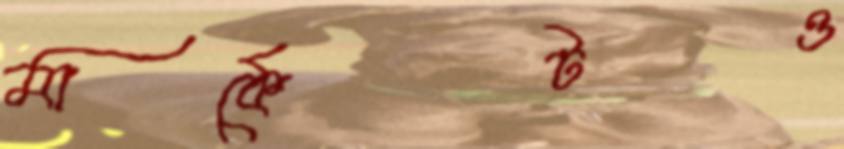
মার্কেটও